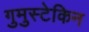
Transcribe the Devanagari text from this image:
गुमुस्टेकिन